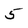
Character: 5